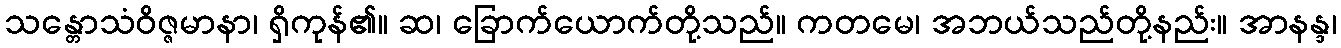
သန္တောသံဝိဇ္ဇမာနာ၊ ရှိကုန်၏။ ဆ၊ ခြောက်ယောက်တို့သည်။ ကတမေ၊ အဘယ်သည်တို့နည်း။ အာနန္ဒ၊